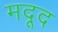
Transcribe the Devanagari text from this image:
मदूद